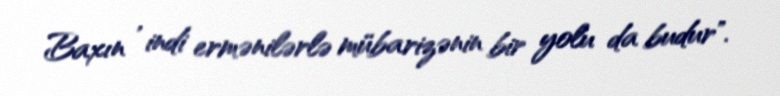
Baxın , indi ermənilərlə mübarizənin bir yolu da budur".